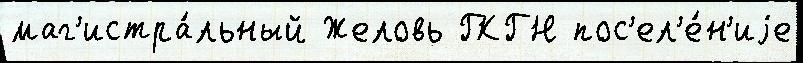
маг'истра́льный Желовь ГКГН пос'ел'е́н'иjе